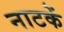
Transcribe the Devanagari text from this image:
नाटकें